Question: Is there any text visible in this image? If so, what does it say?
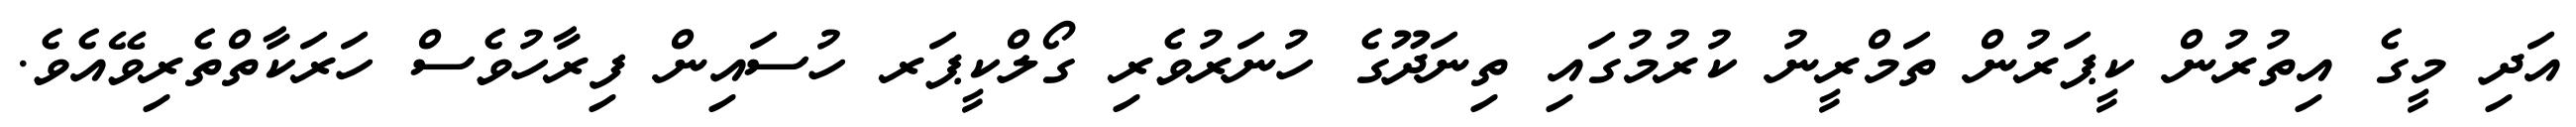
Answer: އަދި މީގެ އިތުރުން ކީޕަރުން ތަމްރީނު ކުރުމުގައި ތިނަދޫގެ ހުނަރުވެރި ގޯލްކީޕަރ ހުސައިން ފިރާހުވެސް ހަރަކާތްތެރިވޭއެވެ.